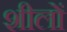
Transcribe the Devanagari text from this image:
शीलों